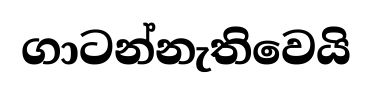
ගාටන්නැතිවෙයි